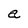
Character: a